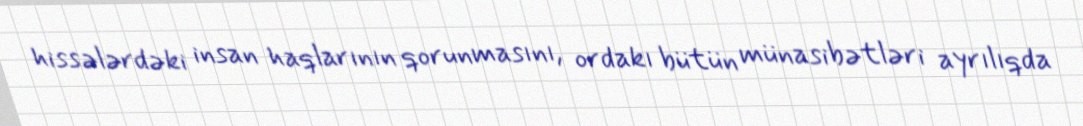
hissələrdəki insan haqlarının qorunmasını, ordakı bütün münasibətləri ayrılıqda